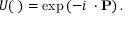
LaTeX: U ( \mathbf { \lambda } ) = \exp \left( - i \mathbf { \lambda } \cdot \mathbf { P } \right) .